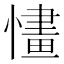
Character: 㦎